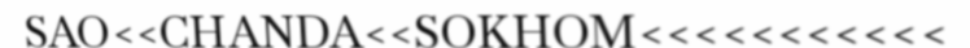
SAO<<CHANDA<<SOKHOM<<<<<<<<<<<